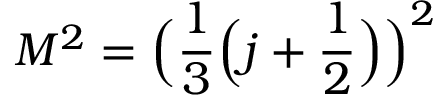
M ^ { 2 } = { \Big ( } { \frac { 1 } { 3 } } { \Big ( } j + { \frac { 1 } { 2 } } { \Big ) } { \Big ) } ^ { 2 }